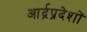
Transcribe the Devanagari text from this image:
आर्द्रप्रदेशों